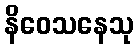
နိဝေသနေသု